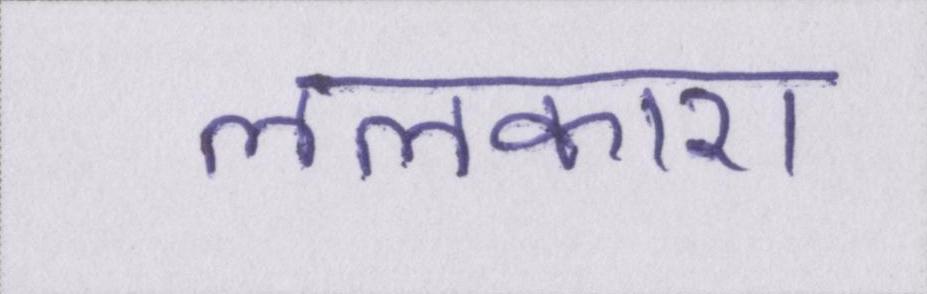
ललकारा